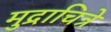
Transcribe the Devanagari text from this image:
मुद्राचित्रे